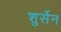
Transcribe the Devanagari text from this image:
शुर्सेन